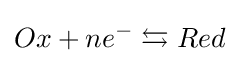
Ox+ne^{-}\leftrightarrows Red